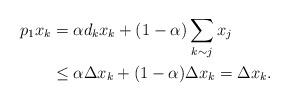
LaTeX: \begin{align*}p_1 x_k &=\alpha d_k x_k+(1-\alpha)\sum_{k \sim j} x_j \\& \leq \alpha \Delta x_k+(1-\alpha)\Delta x_k=\Delta x_k.\end{align*}